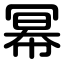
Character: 幂